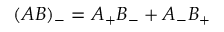
( A B ) _ { - } = A _ { + } B _ { - } + A _ { - } B _ { + }